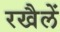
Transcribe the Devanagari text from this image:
रखैलें